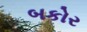
બકોર